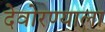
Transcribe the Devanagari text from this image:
देवोरण्याला